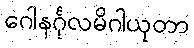
ဂေါနင်္ဂုလမိဂါယုတာ